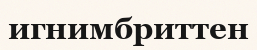
игнимбриттен